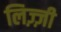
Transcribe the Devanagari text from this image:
लिज़्ज़ी